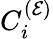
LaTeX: C_{i}^{({\cal E})}